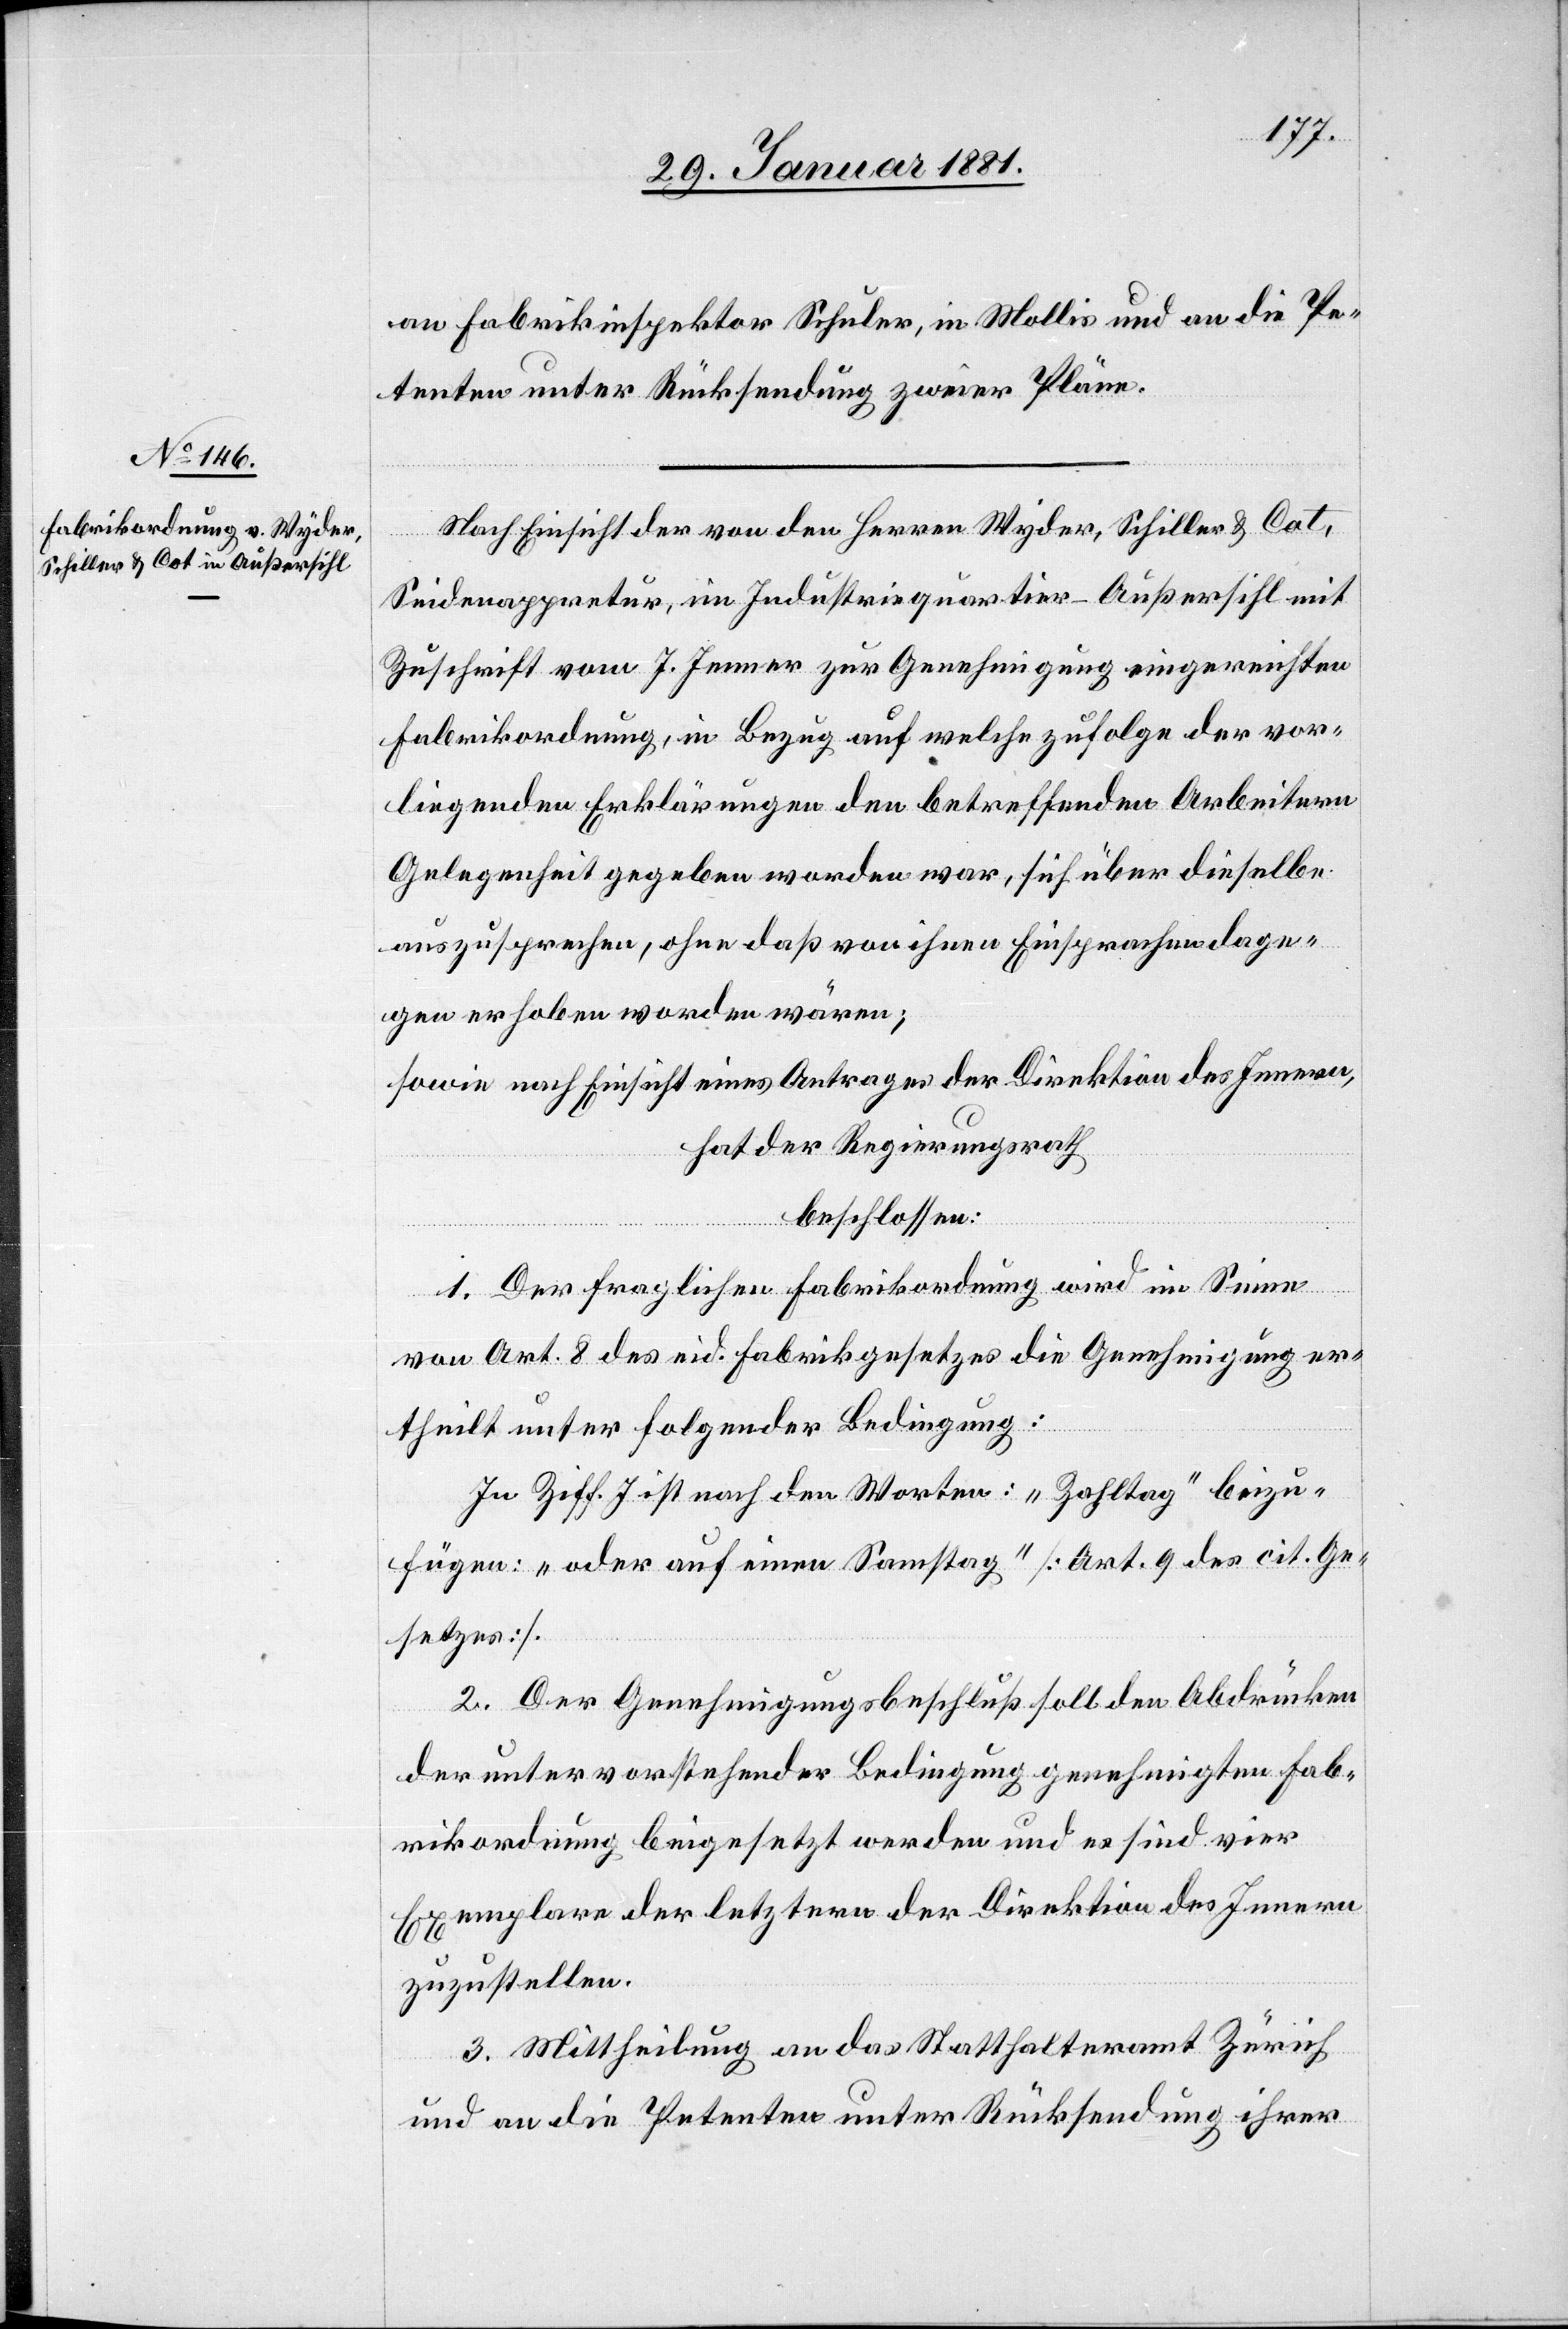
an Fabrikinspektor Schuler in Mollis und an die Pe¬
tenten unter Rücksendung zweier Pläne.
Nach Einsicht der von den Herren Wyder, Schiller & Cot,
Seidenappretur, im Industriequartier - Außersihl mit
Zuschrift vom 7. Jenner zur Genehmigung eingereichten
Fabrikordnung, in Bezug auf welche zufolge der vor¬
liegenden Erklärungen den betreffenden Arbeitern
Gelegenheit gegeben worden war, sich über dieselbe
auszusprechen, ohne daß von ihnen Einsprachen dage¬
gen erhoben worden wären;
sowie nach Einsicht eines Antrages der Direktion des Innern,
hat der Regierungsrath,
beschlossen:
1. Der fraglichen Fabrikordnung wird im Sinne
von Art. 8 des eid. Fabrikgesetzes die Genehmigung er¬
theilt unter folgender Bedingung:
In Ziff. 7 ist den Worten: „Zahltag“ beizu¬
fügen: „oder auf einen Sonntag“ [Art. 9 des cit. Ge¬
setzes].
2. Der Genehmigungsbeschluß soll den Abdrücken
der unter vorstehender Bedingung genehmigten Fab¬
rikordnung beigesetzt werden und es sind vier
Exemplare der letztern der Direktion des Innern
zuzustellen.
3. Mittheilung an das Statthalteramt Zürich
und an die Petenten unter Rücksendung ihrer